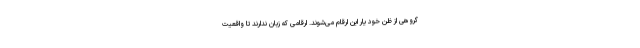
گروهی از ظن خود یار این ارقام می‌شوند. ارقامی که زبان ندارند تا واقعیت